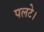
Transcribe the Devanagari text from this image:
पलटे।